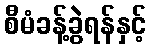
စီမံခန့်ခွဲရန်နှင့်